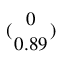
( { 0 \atop 0 . 8 9 } )